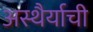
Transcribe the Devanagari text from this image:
अस्थैर्याची